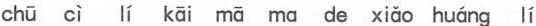
chū cì lí kāi mā ma de xiǎo huáng lí